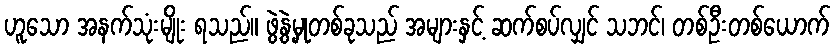
ဟူသော အနက်သုံးမျိုး ရသည်။ ဖွဲ့နွဲ့မှုတစ်ခုသည် အများနှင့် ဆက်စပ်လျှင် သဘင်၊ တစ်ဦးတစ်ယောက်